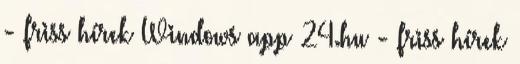
- friss hírek Windows app 24.hu - friss hírek